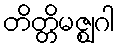
တိတ္တိမဇ္ဈဂါ